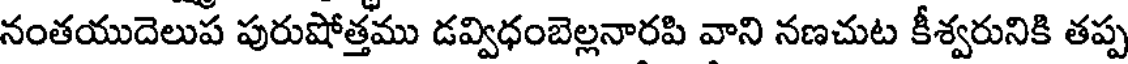
నంతయుదెలుప పురుషోత్తము డవ్విధంబెల్లనారపి వాని నణచుట కీశ్వరునికి తప్ప